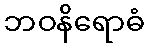
ဘဝနိရောဓံ